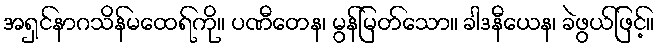
အရှင်နာဂသိန်မထေရ်ကို။ ပဏီတေန၊ မွန်မြတ်သော။ ခါဒနီယေန၊ ခဲဖွယ်ဖြင့်။